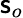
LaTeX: \mathsf{s}_{o}